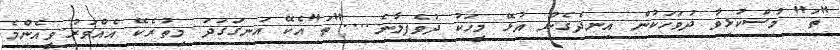
"ތަ" މުސްކުޅިވާ ދުވަހަކުން އިނދެގެން އުޅޭ މީހަކު ދުވެފިލާނެ...."ތަ"އެކޭ އަނގަގަދަ މިތުރެކޭ އެއްވަރު.ވީއެންމެ